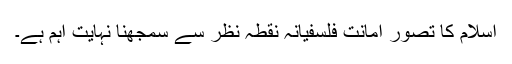
اسلام کا تصور امانت فلسفیانہ نقطہ نظر سے سمجھنا نہایت اہم ہے۔